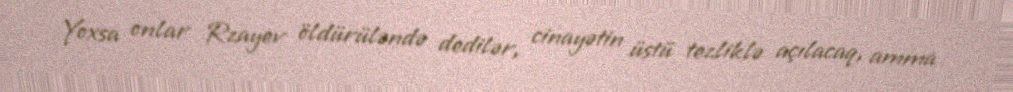
Yoxsa onlar Rzayev öldürüləndə dedilər, cinayətin üstü tezliklə açılacaq, amma